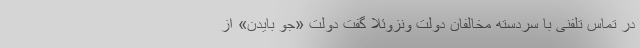
در تماس تلفنی با سردسته مخالفان دولت ونزوئلا گفت دولت «جو بایدن» از